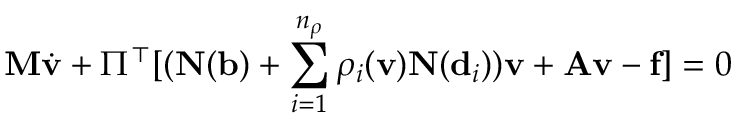
\ensuremath { \mathbf { M } } \dot { \ensuremath { \mathbf { v } } } + \Pi ^ { \top } [ ( \ensuremath { \mathbf { N } } ( \ensuremath { \mathbf { b } } ) + \sum _ { i = 1 } ^ { n _ { \rho } } \rho _ { i } ( \ensuremath { \mathbf { v } } ) \ensuremath { \mathbf { N } } ( \ensuremath { \mathbf { d } } _ { i } ) ) \ensuremath { \mathbf { v } } + \ensuremath { \mathbf { A } } \ensuremath { \mathbf { v } } - \ensuremath { \mathbf { f } } ] = 0